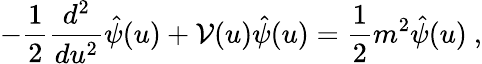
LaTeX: -{\frac{1}{2}}{\frac{d^{2}}{du^{2}}}\hat{\psi}(u)+{\cal V}(u)\hat{\psi}(u)={\frac{1}{2}}m^{2}\hat{\psi}(u)~,